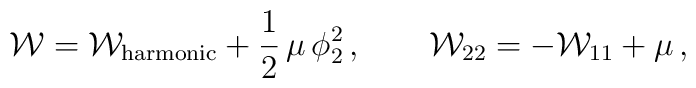
{\cal W}={\cal W}_{\rm harmonic} +\frac{1}{2}\, \mu \,\phi_2^2\,,\qquad {\cal W}_{22}=-{\cal W}_{11} +\mu\,,